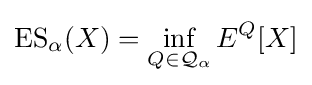
\operatorname {ES} _{\alpha }(X)=\inf _{Q\in {\mathcal {Q}}_{\alpha }}E^{Q}[X]